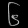
Digit: ၆